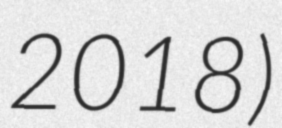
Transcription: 2018)